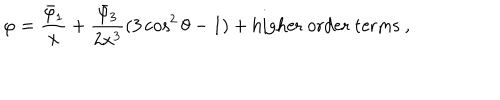
\varphi = \frac { \bar { \varphi } _ { 1 } } { x } + \frac { \bar { \varphi } _ { 3 } } { 2 x ^ { 3 } } ( 3 \cos ^ { 2 } \theta - 1 ) + \mathrm { h i g h e r } \ \mathrm { o r d e r } \ \mathrm { t e r m s } \ ,